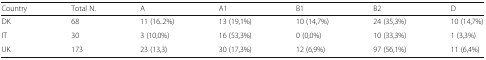
<table><thead><tr><td><b>Country</b></td><td><b>Total N.</b></td><td><b>A</b></td><td><b>A1</b></td><td><b>B1</b></td><td><b>B2</b></td><td><b>D</b></td></tr></thead><tbody><tr><td>DK</td><td>68</td><td>11 (16..2%)</td><td>13 (19,1%)</td><td>10 (14,7%)</td><td>24 (35,3%)</td><td>10 (14,7%)</td></tr><tr><td>IT</td><td>30</td><td>3 (10,0%)</td><td>16 (53,3%)</td><td>0 (0,0%)</td><td>10 (33,3%)</td><td>1 (3,3%)</td></tr><tr><td>UK</td><td>173</td><td>23 (13,3)</td><td>30 (17,3%)</td><td>12 (6,9%)</td><td>97 (56,1%)</td><td>11 (6,4%)</td></tr></tbody></table>